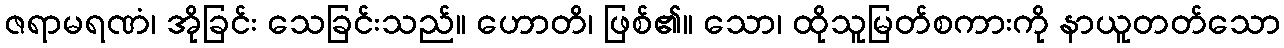
ဇရာမရဏံ၊ အိုခြင်း သေခြင်းသည်။ ဟောတိ၊ ဖြစ်၏။ သော၊ ထိုသူမြတ်စကားကို နာယူတတ်သော